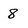
Character: 8